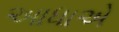
આધાએ